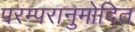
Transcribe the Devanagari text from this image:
परम्परानुमोदित